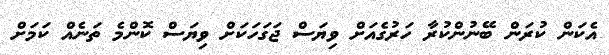
އެކަން ކުރަން ބޭނުންކުރާ ހަރުގެއަށް ވިޔަސް ޖަގަހަކަށް ވިޔަސް ކޮންމެ ތަނެއް ކަމަށް